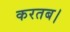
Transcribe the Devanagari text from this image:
करतब।